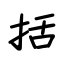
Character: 括